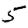
Digit: 5